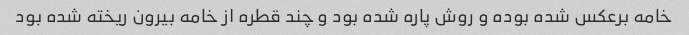
خامه برعکس شده بوده و روش پاره شده بود و چند قطره از خامه بیرون ریخته شده بود